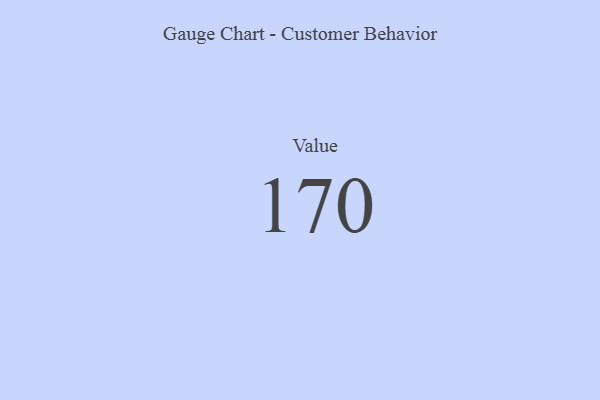
{"axis": {"x": "Metric", "y": "Value"}, "legend": [""], "data": [{"x": "Value", "y": 170, "type": ""}]}